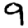
Digit: 9